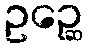
ဥဉ္ဆေ